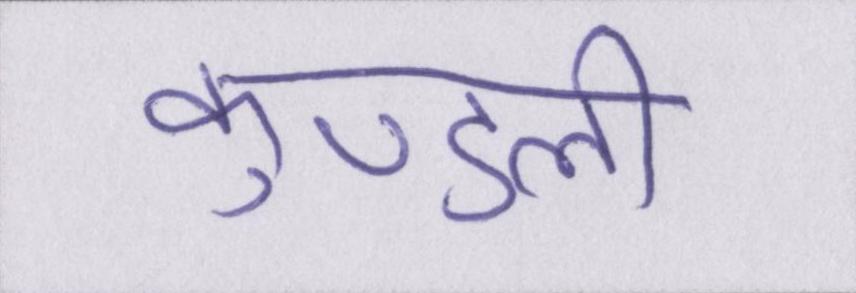
कुण्डली